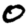
Digit: 0